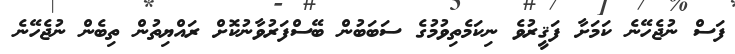
ފަސް ނުޖެހޭނެ ކަމަށާ ފަޤީރުވެ ނިކަމެތިވުމުގެ ސަބަބުން ބޭސްފަރުވާނުކޮށް ރައްޔިތުން ތިބެން ނުޖެހޭނެ